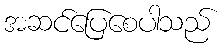
အဆင်ပြေစေပါသည်